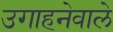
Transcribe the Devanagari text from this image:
उगाहनेवाले